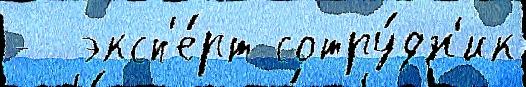
-  эксп'е́рт сотру́дн'ик